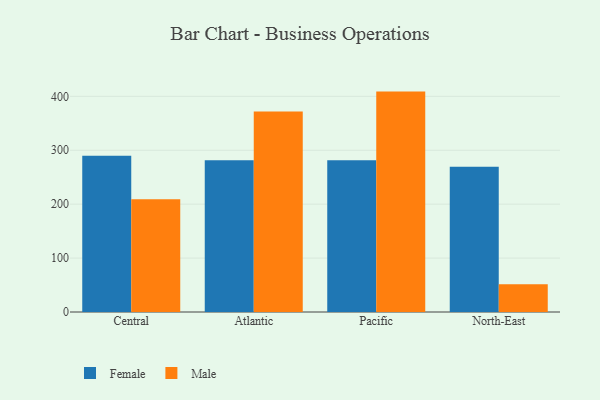
{"axis": {"x": "Region", "y": "Latency (ms)"}, "legend": ["Female", "Male"], "data": [{"x": "Central", "y": 289.7, "type": "Female"}, {"x": "Central", "y": 209.2, "type": "Male"}, {"x": "Atlantic", "y": 281.6, "type": "Female"}, {"x": "Atlantic", "y": 372.1, "type": "Male"}, {"x": "Pacific", "y": 281.5, "type": "Female"}, {"x": "Pacific", "y": 408.8, "type": "Male"}, {"x": "North-East", "y": 269.3, "type": "Female"}, {"x": "North-East", "y": 51.6, "type": "Male"}]}